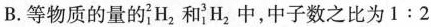
B.等物质的量的_{1}^{2}H_{2}和_{1}^{3}H_{2}中，中子数之比为$$1:2$$